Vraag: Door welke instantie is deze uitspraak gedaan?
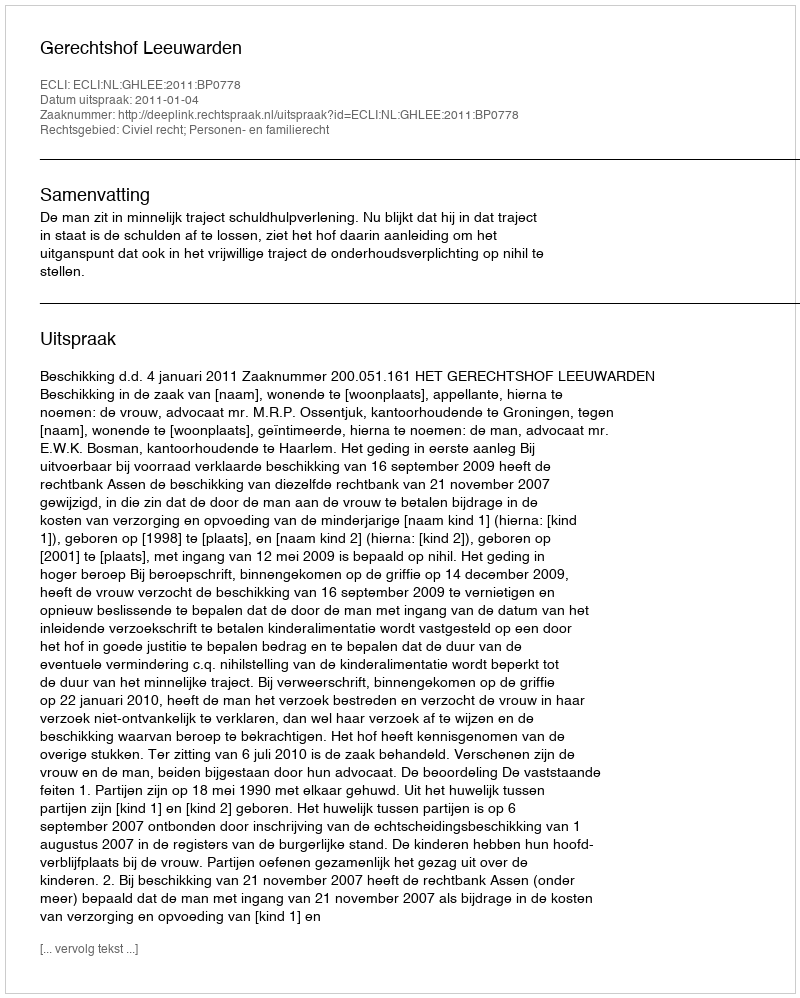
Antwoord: Gerechtshof Leeuwarden